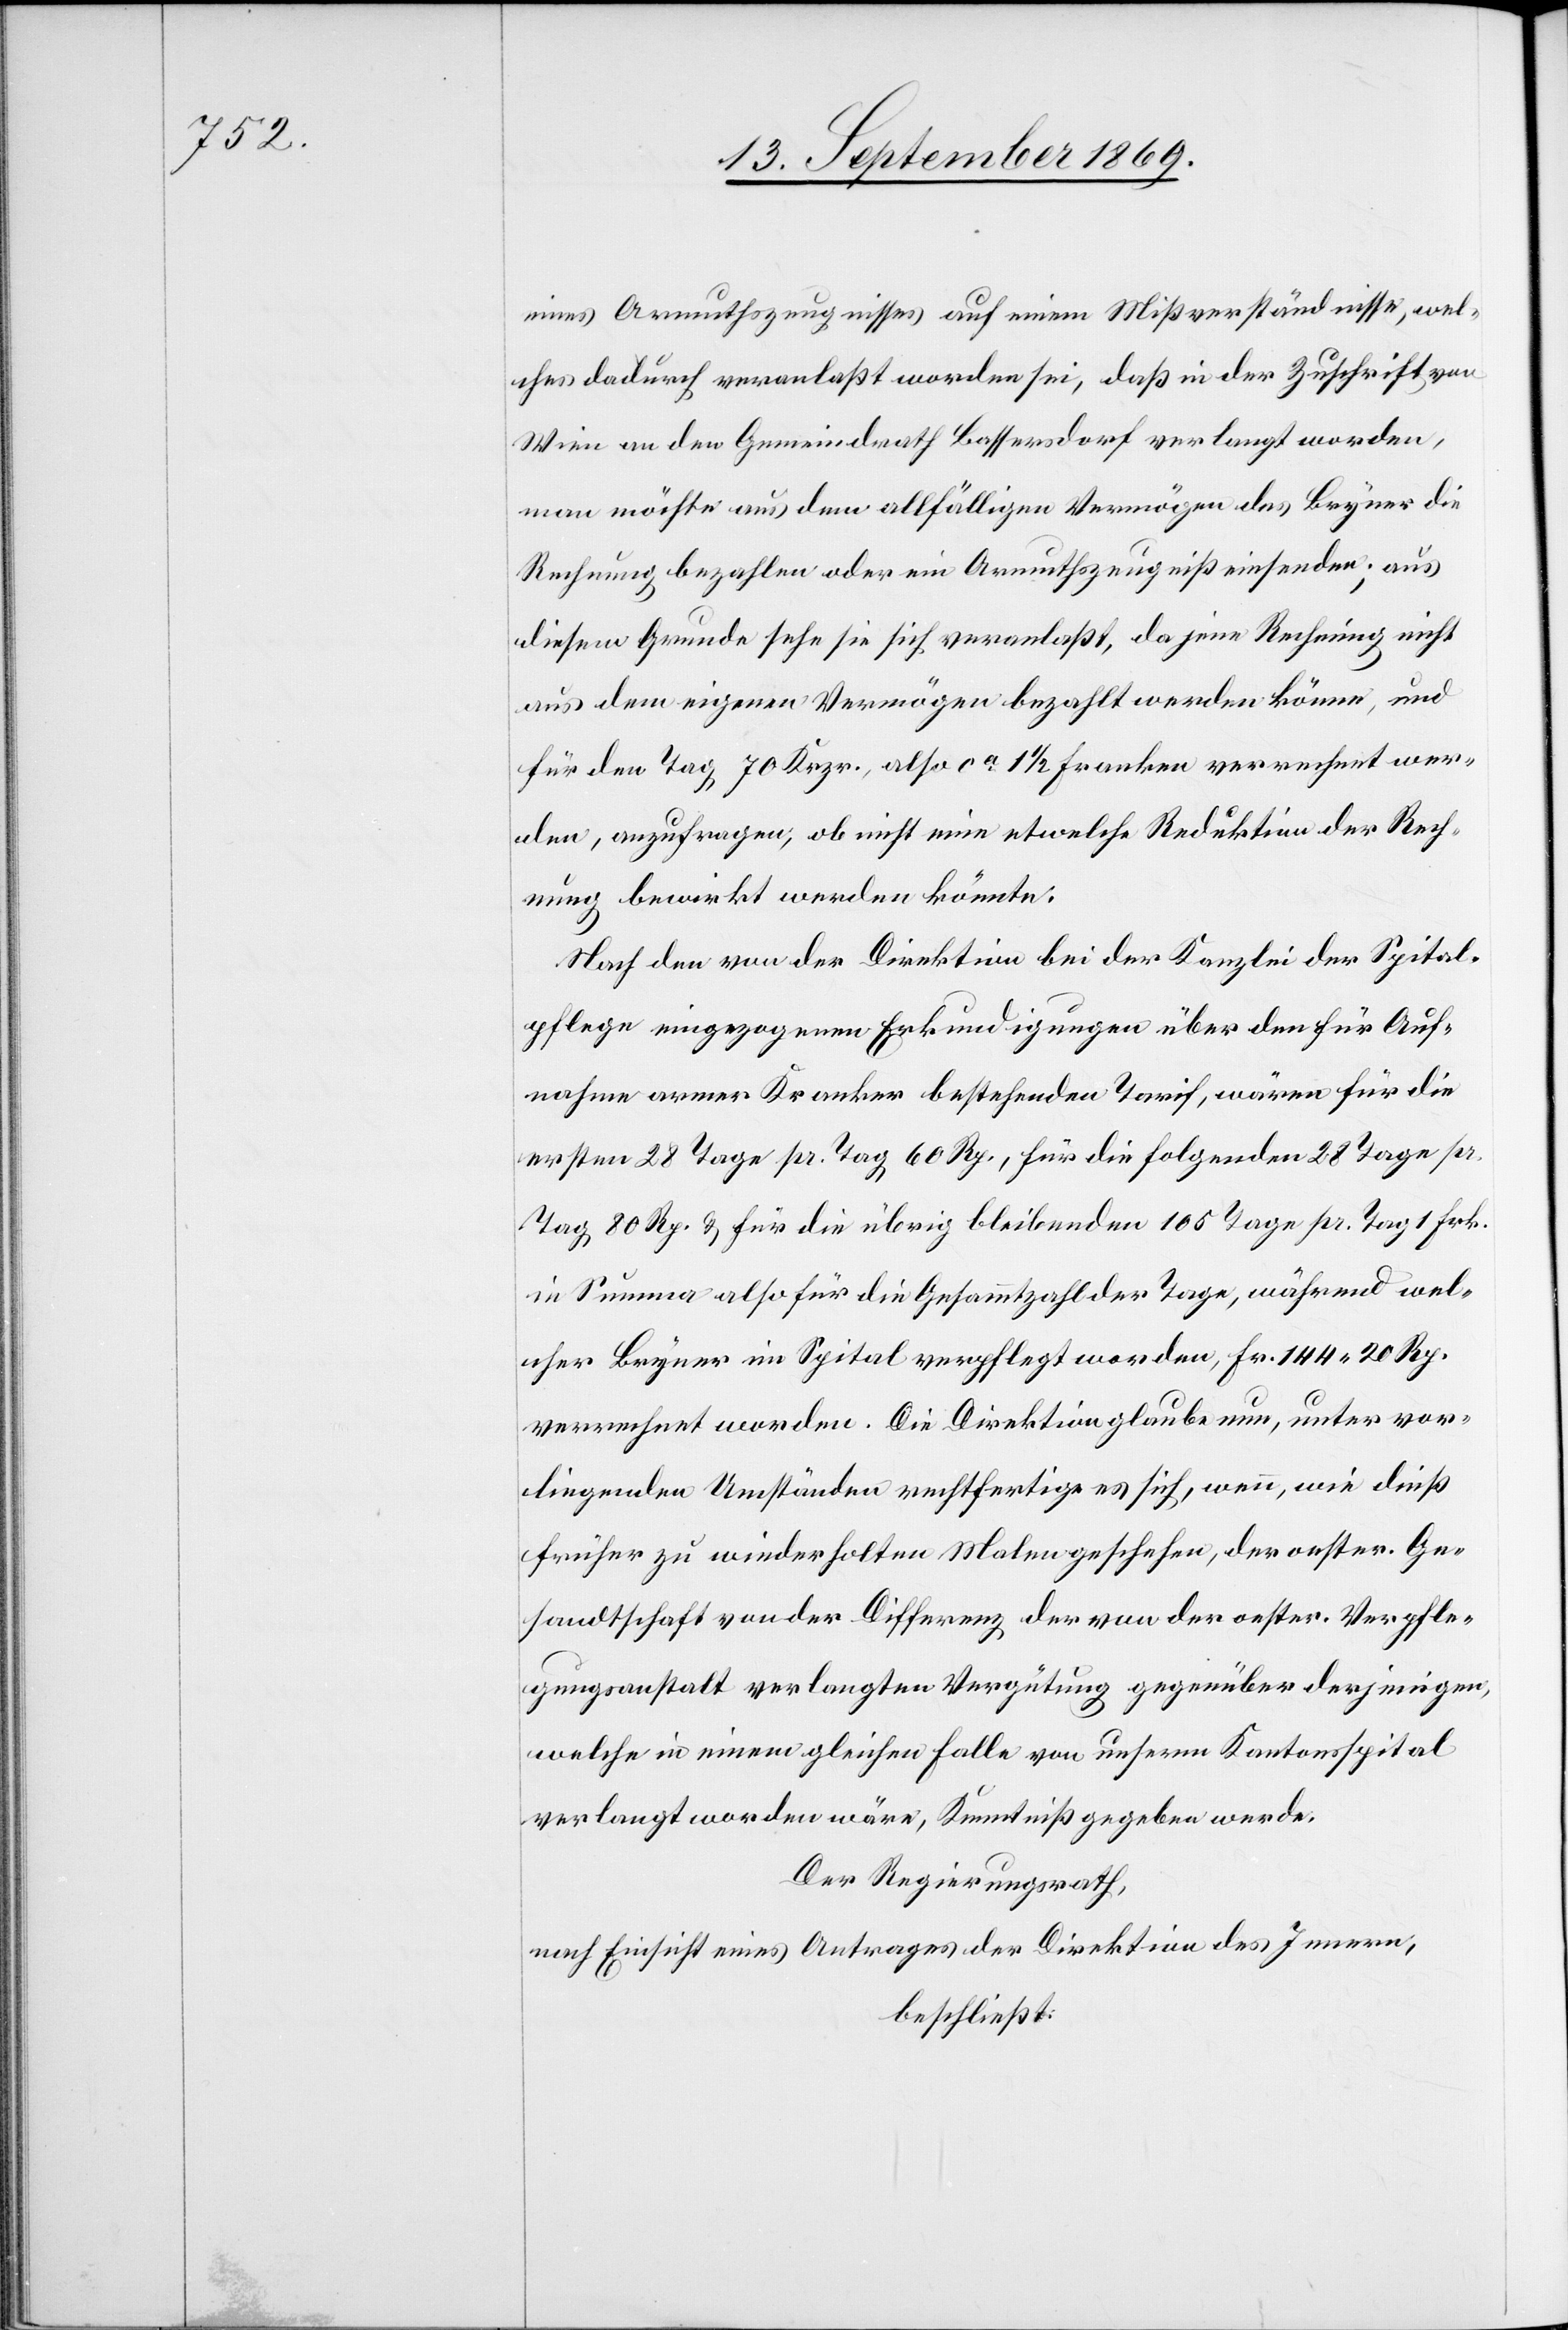
eines Armuthszeugnisses auf einem Mißverständnisse, wel¬
ches dadurch veranlaßt worden sei, daß in der Zuschrift von
Wien an den Gemeindrath Bassersdorf verlangt worden,
man möchte aus dem allfälligen Vermögen des Bryner die
Rechnung bezahlen oder ein Armuthszeugniß einsenden; aus
diesem Grunde sehe sie sich veranlaßt, da jene Rechnung nicht
aus dem eigenen Vermögen bezahlt werden könne, und
für den Tag 70 Krzr., also ca 1 1/2 Franken verrechnet wer¬
den, anzufragen, ob nicht eine etwelche Reduktion der Rech¬
nung bewirkt werden könnte.
Nach den von der Direktion bei der Kanzlei der Spital¬
pflege eingezogenen Erkundigungen über den für Auf¬
nahme armer Kranker bestehenden Tarif, wären für die
ersten 28 Tage pr. Tag 60 Rp., für die folgenden 28 Tage pr.
Tag 80 Rp. & für die übrig bleibenden 105 Tage pr. Tag 1 Frk.
in Summa also für die Gesammtzahl der Tage, während wel¬
cher Bryner im Spital verpflegt worden, Fr. 144 20 Rp.
verrechnet worden. Die Direktion glaube nun, unter vor¬
liegenden Umständen rechtfertige es sich, wenn, wie dieß
früher zu wiederholten Malen geschehen, der oester. Ge¬
sandtschaft von der Differenz der von der oester. Verpfle¬
gungsanstalt verlangten Vergütung gegenüber derjenigen,
welche in einem gleichen Falle von unserm Kantonsspital
verlangt worden wäre, Kenntniß gegeben werde.
Der Regierungsrath,
nach Einsicht eines Antrages der Direktion des Innern,
beschließt: